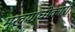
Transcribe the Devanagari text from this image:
मुख्याधीकारी